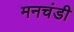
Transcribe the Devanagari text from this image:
मनचंडी